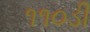
૧૧૦ડી